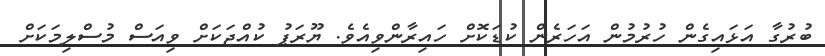
ބުރުގާ އަޅައިގެން ހުރުމުން އަހަރެން ކުޑަކޮށް ހައިރާންވިއެވެ. ޔޫރަޕު ކުއްޖަކަށް ވިއަސް މުސްލިމަކަށް